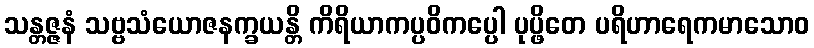
သန္တဇ္ဇနံ သဗ္ဗသံယောဇနက္ခယန္တိ ကိရိယာကပ္ပဝိကပ္ပေါ ပုပ္ဖိတေ ပရိဟာရေကမာသောဝ